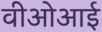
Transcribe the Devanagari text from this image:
वीओआई